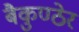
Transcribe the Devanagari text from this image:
बैकुण्ठेर